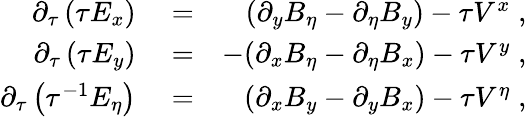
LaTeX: \begin{array}{rlr}{\partial_{\tau}\left(\tau E_{x}\right)}&{{}=}&{(\partial_{y}B_{\eta}-\partial_{\eta}B_{y})-\tau V^{x}\; ,}\\ {\partial_{\tau}\left(\tau E_{y}\right)}&{{}=}&{-(\partial_{x}B_{\eta}-\partial_{\eta}B_{x})-\tau V^{y}\; ,}\\ {\partial_{\tau}\left(\tau^{-1}E_{\eta}\right)}&{{}=}&{(\partial_{x}B_{y}-\partial_{y}B_{x})-\tau V^{\eta}\; ,}\end{array}